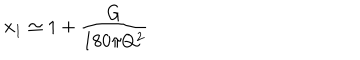
x _ { 1 } \simeq 1 + { \frac { G } { 1 8 0 \pi Q ^ { 2 } } }